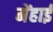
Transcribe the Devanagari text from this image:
मेंहाई